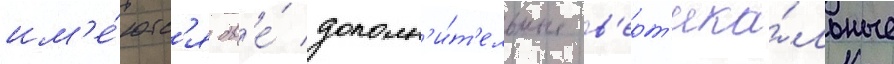
им'е́ютс'я дв'е́ дополн'и́т'ельные в'ерт'ика́льные